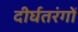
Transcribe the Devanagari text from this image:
दीर्घतरंगों